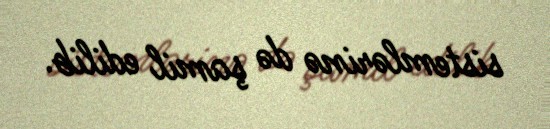
sistemlərinə də şamil edilib.